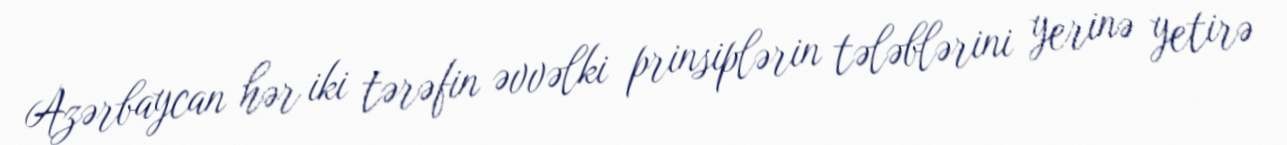
Azərbaycan hər iki tərəfin əvvəlki prinsiplərin tələblərini yerinə yetirə